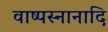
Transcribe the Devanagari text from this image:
वाष्पस्नानादि